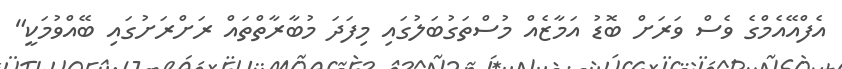
އެފްއޭއެމްގެ ވެސް ވަރަށް ބޮޑު އަމާޒެއް މުސްތަގުބަލުގައި މިފަދަ މުބާރާތްތައް ރަށްރަށުގައި ބޭއްވުމަކީ"